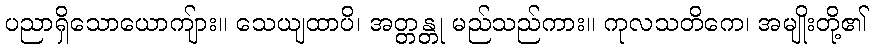
ပညာရှိသောယောကျ်ား။ သေယျထာပိ၊ အတ္တန္တု မည်သည်ကား။ ကုလသတိကေ၊ အမျိုးတို့၏